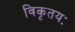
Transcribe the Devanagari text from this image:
विकृतयः